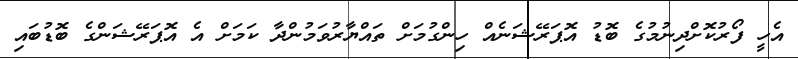
އެހީ ފޯރުކޮށްދިނުމުގެ ބޮޑު އޮޕަރޭޝަނެއް ހިންގުމަށް ތައްޔާރުވަމުންދާ ކަމަށް އެ އޮޕަރޭޝަންގެ ބޮޑުބައި